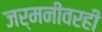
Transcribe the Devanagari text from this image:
जर्मनीवरही